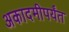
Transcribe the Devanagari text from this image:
अकादमीपर्यंत